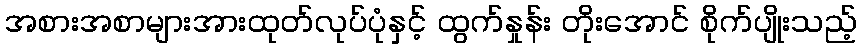
အစားအစာများအားထုတ်လုပ်ပုံနှင့် ထွက်နှုန်း တိုးအောင် စိုက်ပျိုးသည့်